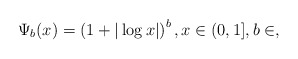
\begin{align*}\Psi_b(x)=\left(1+|\log x|\right)^b, x\in (0,1],b\in\real, \end{align*}